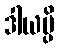
ဒါယမ္ပိ